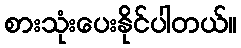
စားသုံးပေးနိုင်ပါတယ်။